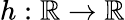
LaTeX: h:\mathbb{R}\rightarrow\mathbb{R}